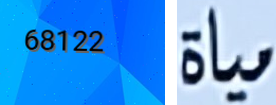
68122 مياة